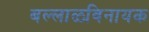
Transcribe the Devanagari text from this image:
बल्लाळविनायक